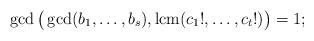
LaTeX: \begin{align*}\gcd\big(\gcd (b_1,\ldots,b_s), \mathrm{lcm}(c_1!,\ldots,c_t!)\big)=1;\end{align*}